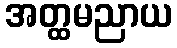
အတ္ထမညာယ